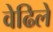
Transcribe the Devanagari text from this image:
वेढिले